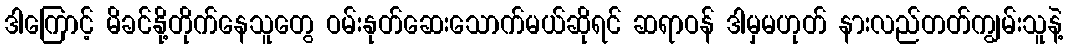
ဒါကြောင့် မိခင်နို့တိုက်နေသူတွေ ဝမ်းနုတ်ဆေးသောက်မယ်ဆိုရင် ဆရာဝန် ဒါမှမဟုတ် နားလည်တတ်ကျွမ်းသူနဲ့